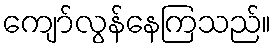
ကျော်လွန်နေကြသည်။